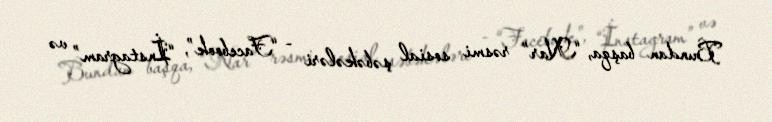
Bundan başqa, “Nar” rəsmi sosial şəbəkələri - “Facebook”, “İnstagram” və